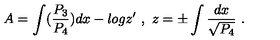
A = \int ( { \frac { P _ { 3 } } { P _ { 4 } } } ) d x - l o g z ^ { \prime } \ , \ z = \pm \int { \frac { d x } { \sqrt { P _ { 4 } } } } \ .